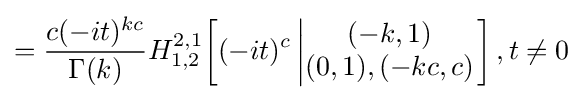
={\frac {c(-it)^{kc}}{\Gamma (k)}}H_{1,2}^{2,1}\!\left[(-it)^{c}\left|{\begin{matrix}(-k,1)\\(0,1),(-kc,c)\end{matrix}}\right.\right],t\neq 0